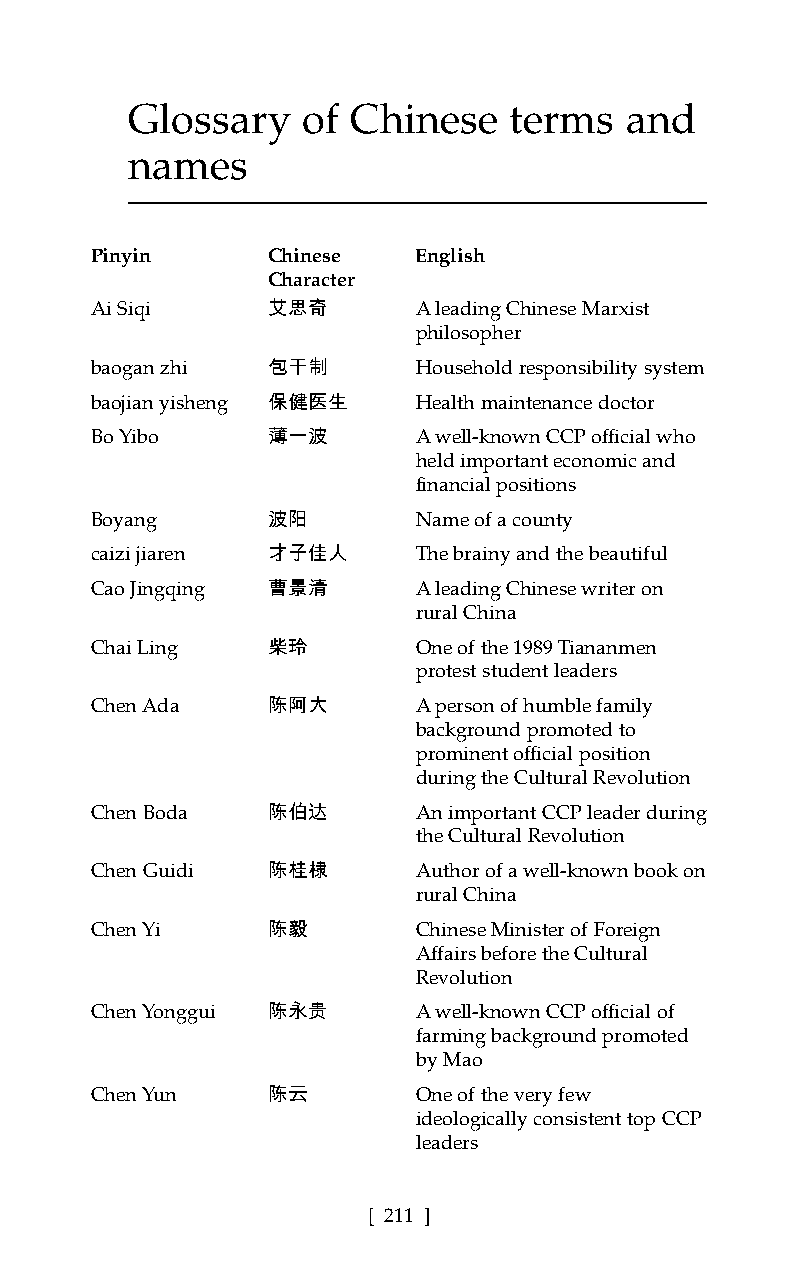
Glossary    of Chinese    terms  and
 names
 Pinyin      Chinese   English
 Character
 Ai Siqi     艾思奇       A leading Chinese Marxist
 philosopher
 baogan zhi  包干制       Household responsibility system
 baojian yisheng 保健医生  Health maintenance doctor
 Bo Yibo     薄一波       A well-known CCP official who
 held important economic and
 financial positions
 Boyang      波阳        Name of a county
 caizi jiaren 才子佳人     The brainy and the beautiful
 Cao Jingqing 曹景清      A leading Chinese writer on
 rural China
 Chai Ling   柴玲        One of the 1989 Tiananmen
 protest student leaders
 Chen Ada    陈阿大       A person of humble family
 background promoted to
 prominent official position
 during the Cultural Revolution
 Chen Boda   陈伯达       An important CCP leader during
 the Cultural Revolution
 Chen Guidi  陈桂棣       Author of a well-known book on
 rural China
 Chen Yi     陈毅        Chinese Minister of Foreign
 Affairs before the Cultural
 Revolution
 Chen Yonggui 陈永贵      A well-known CCP official of
 farming background promoted
 by Mao
 Chen Yun    陈云        One of the very few
 ideologically consistent top CCP
 leaders
 [ 211 ]